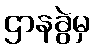
ဌာနခွဲမှ